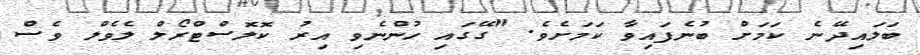
ބަލައިދޭނެ ކަމަށް ބުނެފައިވާ ކަމަށެވެ. "ގޭގައި ހުންނެވި އިރު ކޮލޮސްޓްރޯލް ލެވެލް ވެސް